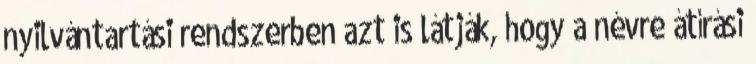
nyilvántartási rendszerben azt is látják, hogy a névre átírási